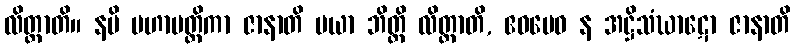
လိတ္တာတိ။ နပိ မဟာမတ္တိကာ ဇာနာတိ မယာ ဘိတ္တိ လိတ္တာတိ, ဧဝမေဝ န အဋ္ဌိသံဃာဋော ဇာနာတိ